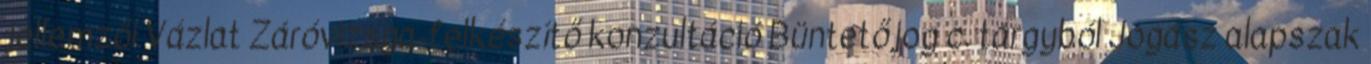
jellemzői Vázlat Záróvizsga-felkészítő konzultáció Büntetőjog c. tárgyból Jogász alapszak